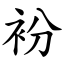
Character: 衯